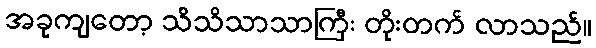
အခုကျတော့ သိသိသာသာကြီး တိုးတက် လာသည်။